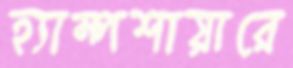
হ্যাম্পশায়ারে